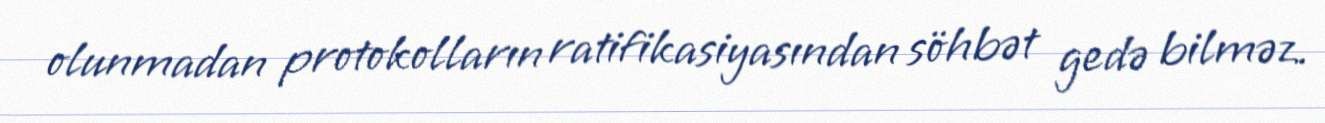
olunmadan protokolların ratifikasiyasından söhbət gedə bilməz.